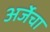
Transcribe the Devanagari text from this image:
अर्जेचा